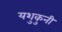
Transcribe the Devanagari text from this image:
यशुकुनी